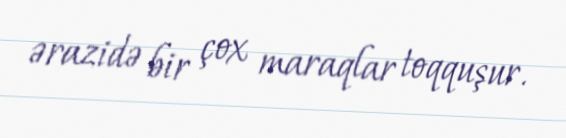
ərazidə bir çox maraqlar toqquşur.